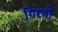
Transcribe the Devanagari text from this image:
गिरवीं